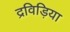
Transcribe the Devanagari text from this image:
द्रविड़िया